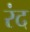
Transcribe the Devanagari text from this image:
रंद